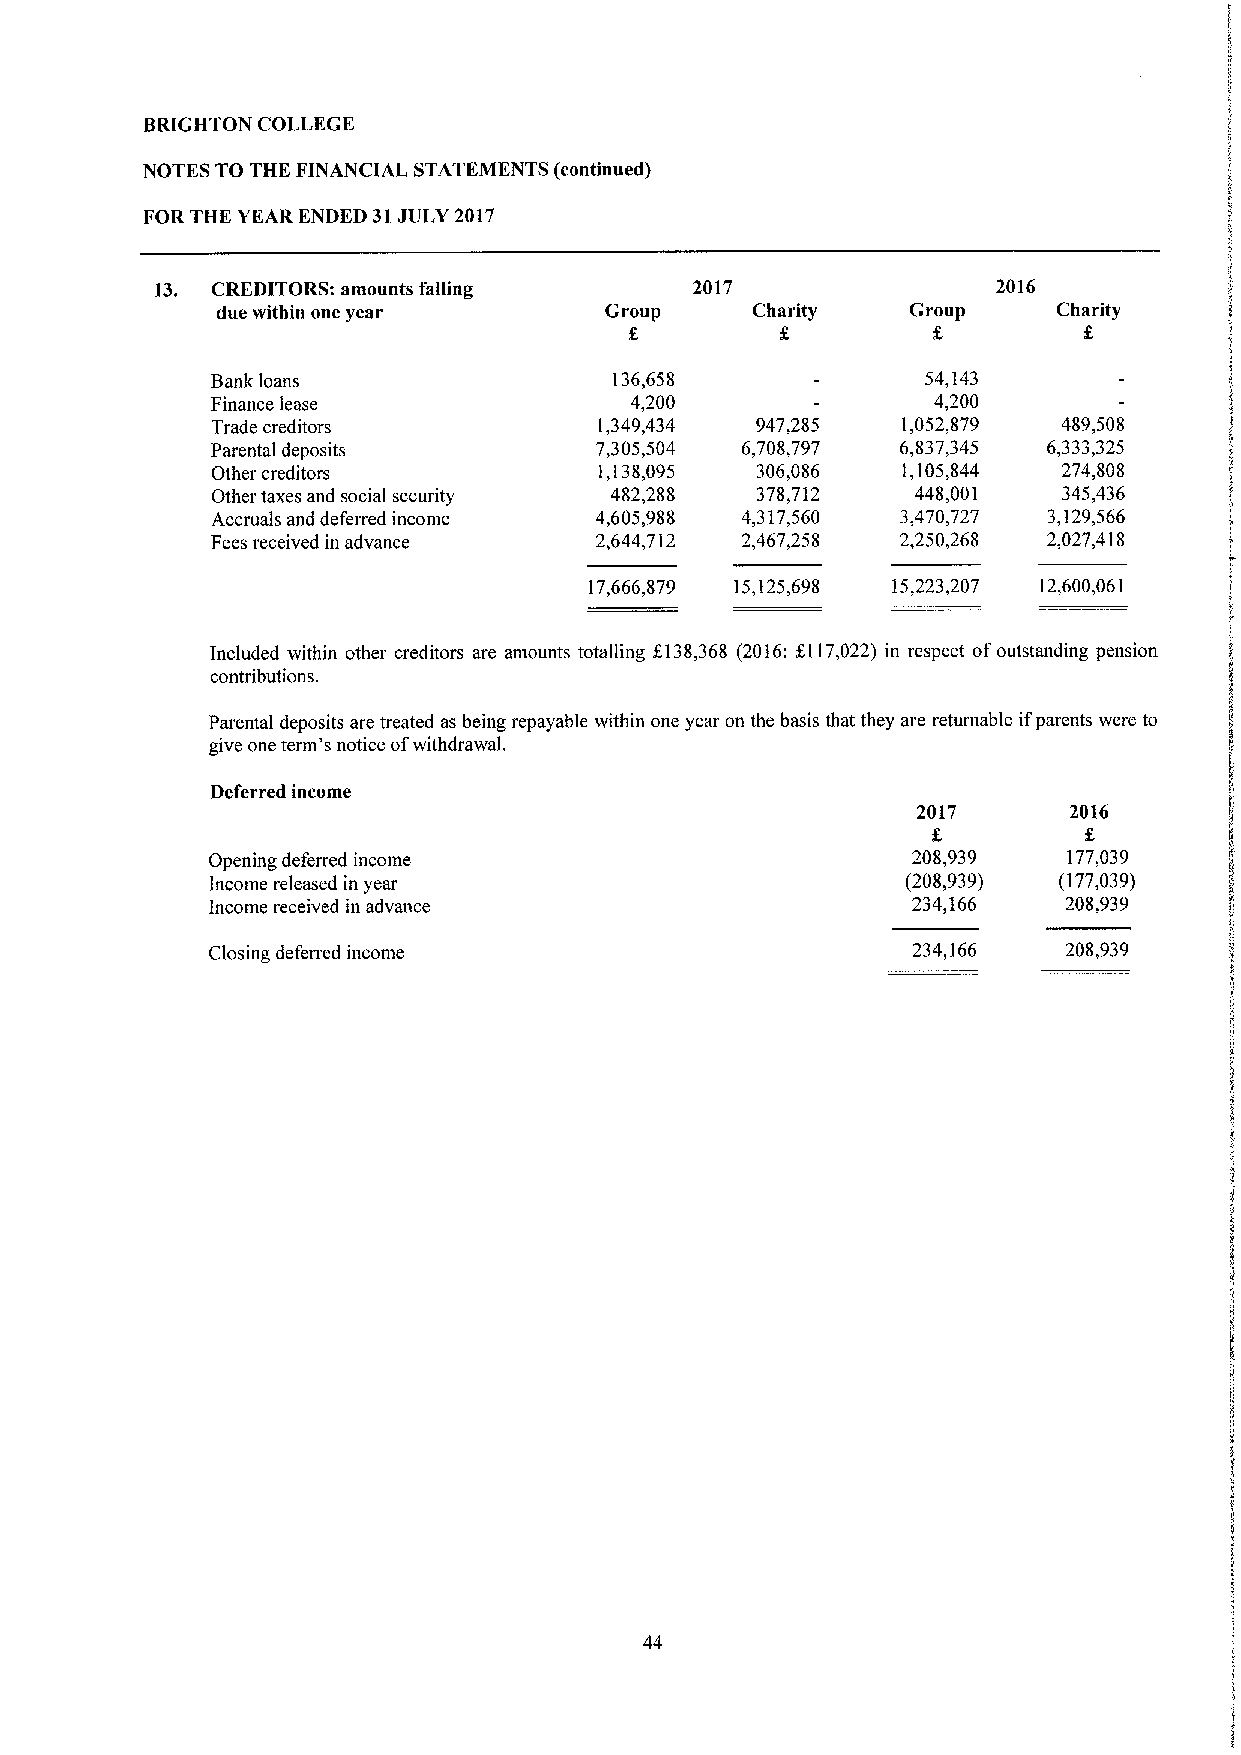
BRIGHTON COLLEGE
 NOTES TO THE FINANCIAL STATEMENTS (continued)
 FOR THE YEAR ENDED 31JULY 2017
 13. CREDITORS: amounts falling      2017                2016
 due within one year       Group     Charity   Group     Charity
 Bank loans                 136,658             54,143
 Finance lease               4,200               4,200
 Trade creditors           1,349,434 947,285   1,052,879 489,508
 Parental deposits        7,305,504 6,708,797  6,837,345 6,333,325
 Other creditors           1,138,095 306,086   1,105,844 274,808
 Other taxes and social security 482,288 378,712 448,001 345,436
 Accruals and deferred income 4,605,988 4,317,560 3,470,727 3,129,566
 Fees received in advance 2,644,712 2,467,258  2,250,268 2,027,418
 17,666,879 15,125,698 15,223,207 12,600,061
 Included within other creditors are amounts totalling KI38,368 (2016:KI17,022) in respect ofoutstanding pension
 contributions.
 Parental deposits are treated as being repayable within one year on the basis that they are returnable ifparents were to
 give one term's notice ofwithdrawal.
 Deferred income
 2017      2016
 Opening deferred income                       208,939    177,039
 Income released in year                       (208,939) (177,039)
 Income received in advance                    234,166   208,939
 Closing deferred income                       234,166    208,939
 44